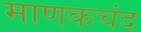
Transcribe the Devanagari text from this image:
माणकचंद